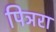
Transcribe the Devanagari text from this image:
पिञरा